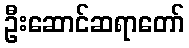
ဦးဆောင်ဆရာတော်